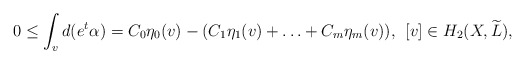
\begin{align*}0 \le \int_v d(e^t\alpha) = C_0\eta_0(v)-(C_1\eta_1(v) + \hdots + C_m\eta_m(v)), \:\: [v] \in H_2(X,\widetilde{L}),\end{align*}